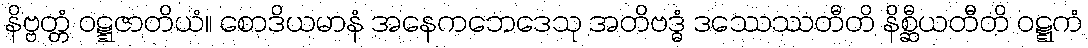
နိဗ္ဗတ္တံ ဝဋ္ဋဇာတိယံ။ စောဒိယမာနံ အနေကဘေဒေသု အတိဗဒ္ဓံ ဒဿေဿတီတိ နိစ္ဆီယတီတိ ဝဋ္ဋကံ